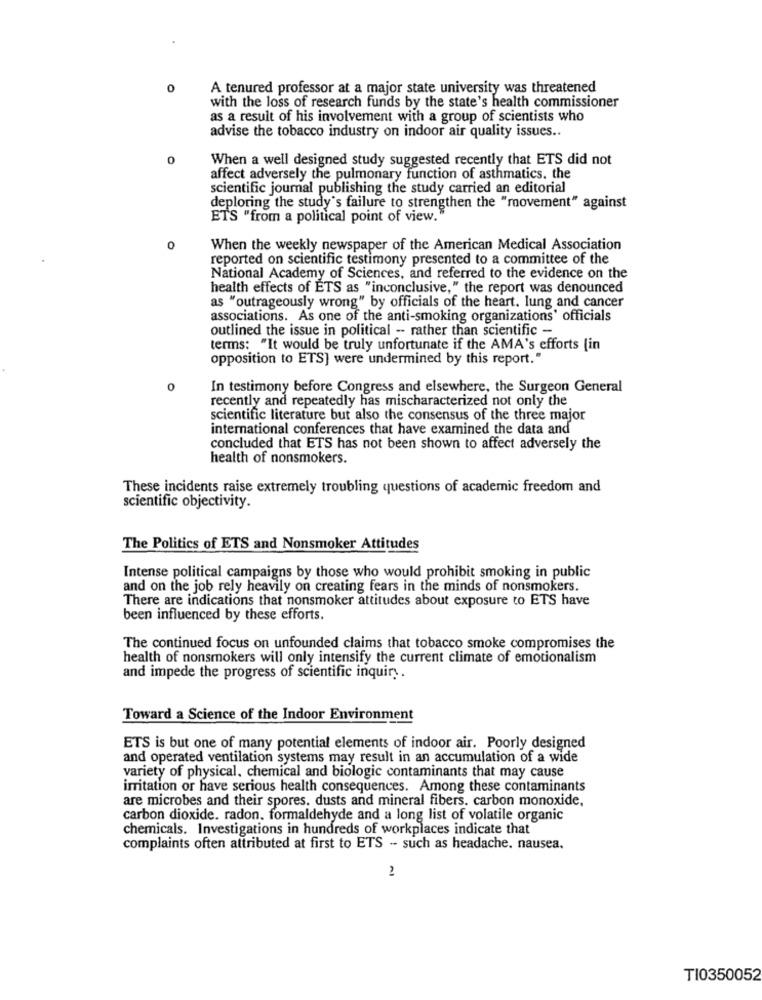
0
A tenured professor at a major state university was threatened
with the loss of research funds by the state's health commissioner
as a result of his involvement with a group of scientists who
advise the tobacco industry on indoor air quality issues ..
0
When a well designed study suggested recently that ETS did not
affect adversely the pulmonary function of asthmatics. the
scientific journal publishing the study carried an editorial
deploring the study's failure to strengthen the "movement" against
ETS "from a political point of view."
0
When the weekly newspaper of the American Medical Association
reported on scientific testimony presented to a committee of the
National Academy of Sciences, and referred to the evidence on the
health effects of ETS as "inconclusive," the report was denounced
as "outrageously wrong" by officials of the heart. lung and cancer
associations. As one of the anti-smoking organizations' officials
outlined the issue in political -- rather than scientific -
terms: "It would be truly unfortunate if the AMA's efforts (in
opposition to ETS] were undermined by this report."
0
In testimony before Congress and elsewhere, the Surgeon General
recently and repeatedly has mischaracterized not only the
scientific literature but also the consensus of the three major
international conferences that have examined the data and
concluded that ETS has not been shown to affect adversely the
health of nonsmokers.
These incidents raise extremely troubling questions of academic freedom and
scientific objectivity.
The Politics of ETS and Nonsmoker Attitudes
Intense political campaigns by those who would prohibit smoking in public
and on the job rely heavily on creating fears in the minds of nonsmokers.
There are indications that nonsmoker attitudes about exposure to ETS have
been influenced by these efforts.
The continued focus on unfounded claims that tobacco smoke compromises the
health of nonsmokers will only intensify the current climate of emotionalism
and impede the progress of scientific inquiry.
Toward a Science of the Indoor Environment
ETS is but one of many potential elements of indoor air. Poorly designed
and operated ventilation systems may result in an accumulation of a wide
variety of physical, chemical and biologic contaminants that may cause
irritation or have serious health consequences. Among these contaminants
are microbes and their spores. dusts and mineral fibers. carbon monoxide,
carbon dioxide. radon, formaldehyde and a long list of volatile organic
chemicals. Investigations in hundreds of workplaces indicate that
complaints often attributed at first to ETS - such as headache. nausea.
Al
TI0350052